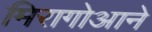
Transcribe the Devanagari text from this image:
मिरागोआने